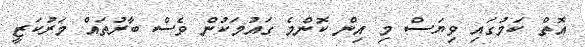
އޮތް ކަމުގައި ވިޔަސް މި އިން ކޮންމެ ގައުމަކުން ވެސް ބާރުތައް މަރުކަޒީ